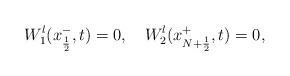
\begin{align*} W^l_1(x^-_{ \frac 12},t)=0,\ \ \ W^l_2(x^+_{ N+\frac 12},t)=0,\end{align*}